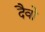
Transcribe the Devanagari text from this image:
दैवो